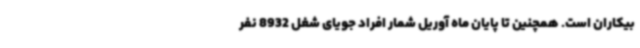
بیکاران است. همچنین تا پایان ماه آوریل شمار افراد جویای شغل 8932 نفر